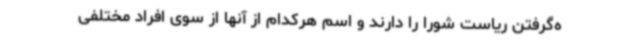
ه‌گرفتن ریاست شورا را دارند و اسم هرکدام از آنها از سوی افراد مختلفی